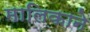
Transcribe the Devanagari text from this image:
मालिकाने